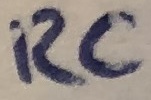
Text: RC